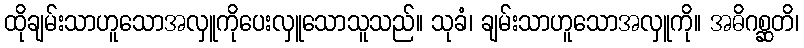
ထိုချမ်းသာဟူသောအလှူကိုပေးလှူသောသူသည်။ သုခံ၊ ချမ်းသာဟူသောအလှူကို။ အဓိဂစ္ဆတိ၊